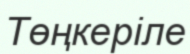
Төңкеріле